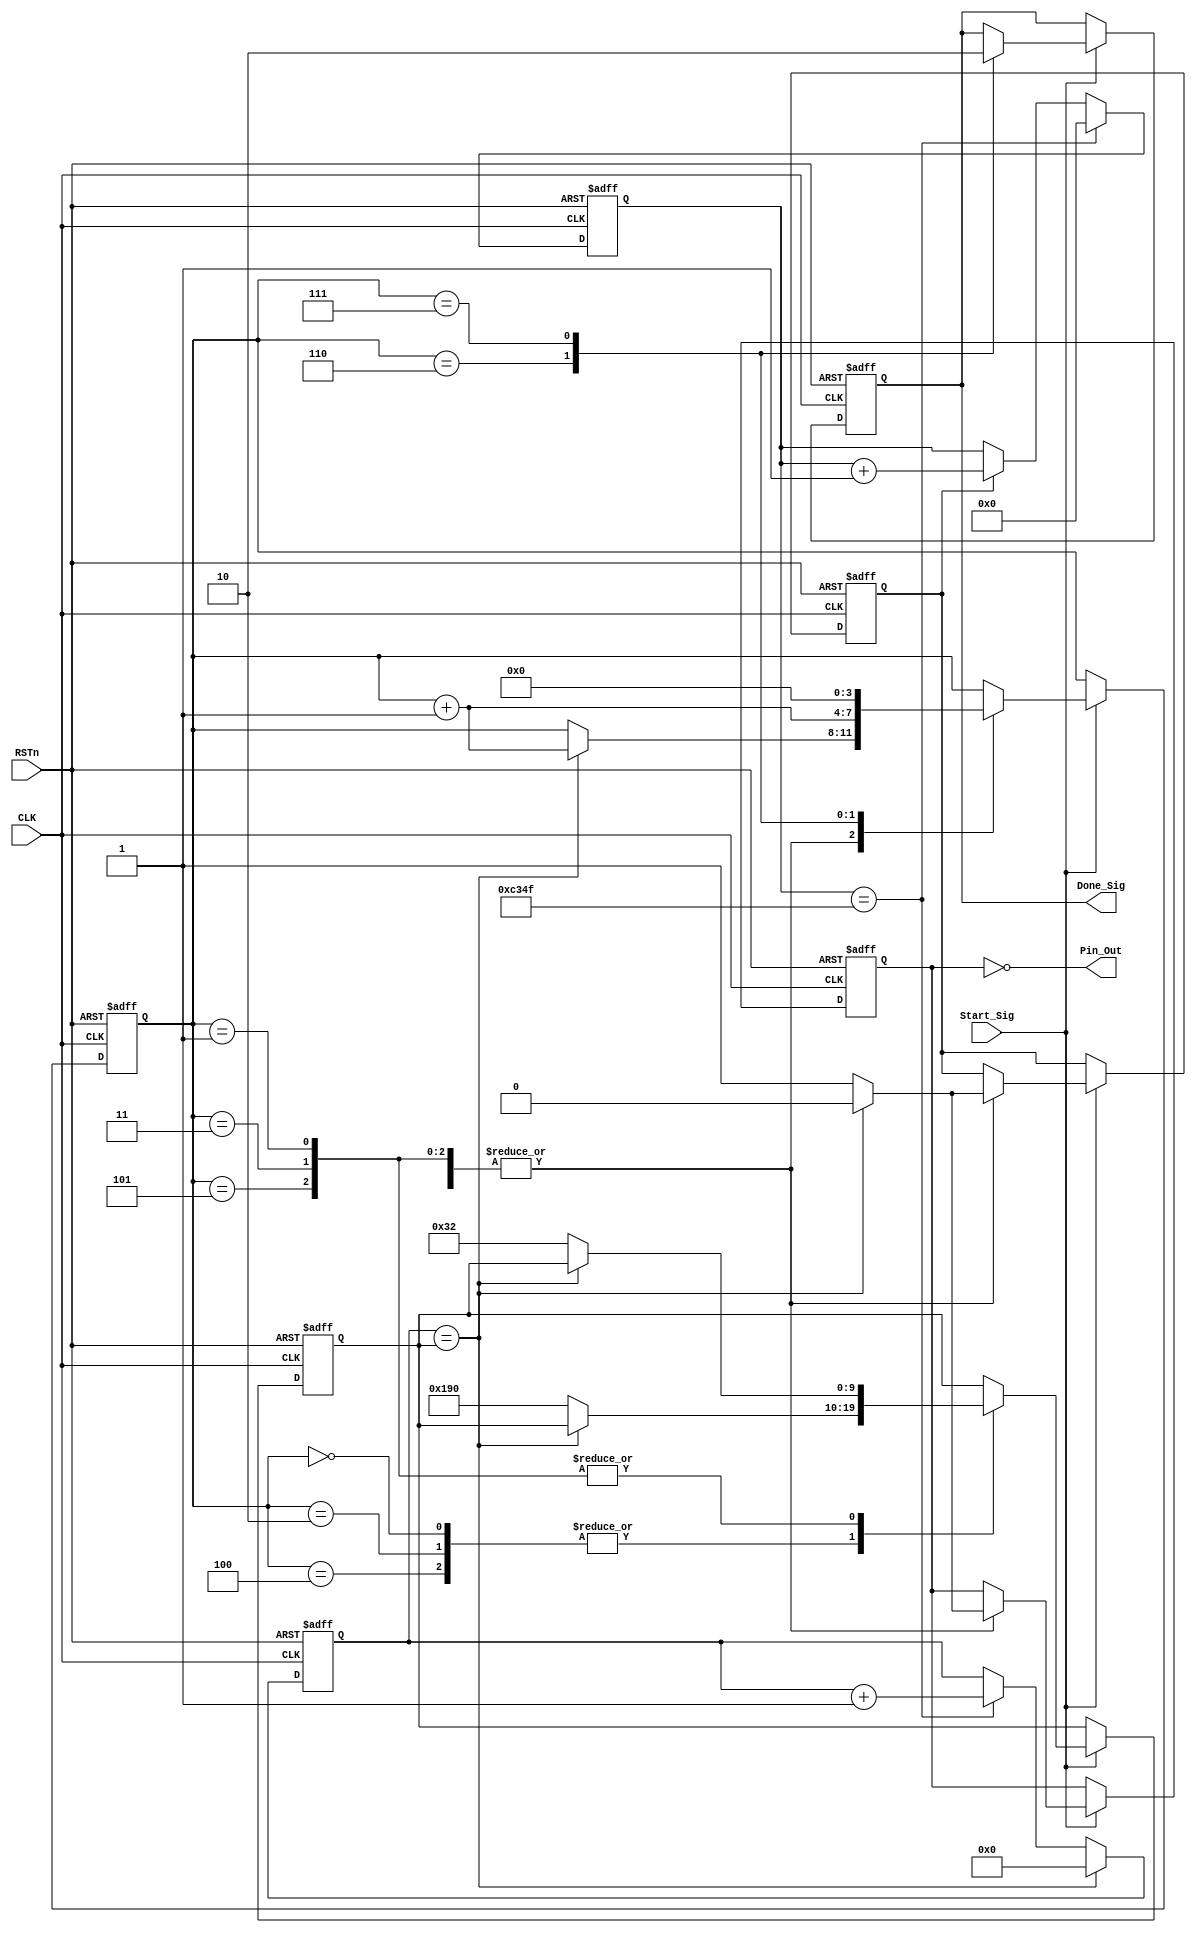
module O_GEN_MODULE
(
	CLK, RSTn,
	Start_Sig,
	Done_Sig,
	Pin_Out
);
	
	input CLK;
	input RSTn;
	input Start_Sig;
	output Done_Sig;
	output Pin_Out;
	
	
	//// 50M * 0.001 - 1 = 49_999;
	parameter T1MS = 16'd49_999;
	
	
	reg [15:0]Count1;
	
	always@(posedge CLK or negedge RSTn)
		if (!RSTn)
			Count1 <= 16'd0;
		else if (Count1 == T1MS)
			Count1 <= 16'd0;
		else if (isCount)
			Count1 <= Count1 + 1'b1;
			
	////////////////////////////////////
	
	
	reg [9:0]Count_MS;
	
	always@(posedge CLK or negedge RSTn)
		if (!RSTn)
			Count_MS <= 10'd0;
		else if (Count_MS == rTimes)
			Count_MS <= 10'd0;
		else if (Count1 == T1MS)
			Count_MS <= Count_MS + 1'b1;
			
	
	//////////////////////////////
	
	
	reg [3:0]state_index;
	reg rPin_Out;
	reg [9:0]rTimes;
	reg isCount;
	reg isDone;
	
	always@(posedge CLK or negedge RSTn)
		if (!RSTn)
			begin
				state_index <= 4'd0;
				rPin_Out <= 1'b0;
				rTimes <= 10'd1000;
				isCount <= 1'b0;
				isDone <= 1'b0;
			end
		else if (Start_Sig)
			case (state_index)
				4'd0, 4'd2, 4'd4:
					if (Count_MS == rTimes)
						begin
							rPin_Out <= 1'b0;
							isCount <= 1'b0;
							state_index <= state_index + 1'b1;
						end
					else 
						begin
							rPin_Out <= 1'b1;
							isCount <= 1'b1;
							rTimes <= 10'd400;
						end
					
				4'd1, 4'd3, 4'd5:
					if (Count_MS == rTimes)
						begin
							rPin_Out <= 1'b0;
							isCount <= 1'b0;
							state_index <= state_index + 1'b1;
						end
					else 
						begin
							rPin_Out <= 1'b1;
							rTimes <= 10'd50;
							isCount <= 1'b1;
						end
						
				4'd6:
					begin
						isDone <= 1'b1;
						state_index <= state_index + 1'b1;
					end
					
				4'd7:
					begin
						isDone <= 1'b0;
						state_index <= 10'd0;
					end
			endcase
			
	/////////////////////////////////////////////
	
	assign Done_Sig = isDone;
	assign Pin_Out = !rPin_Out;
	
endmodule